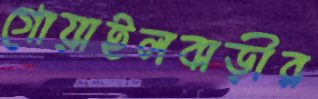
গোয়াইলবাড়ীর